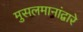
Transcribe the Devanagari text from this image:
मुसलमानांद्वारे